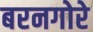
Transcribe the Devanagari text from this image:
बरनगोरे